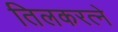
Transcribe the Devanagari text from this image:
तिलकरत्‍ने